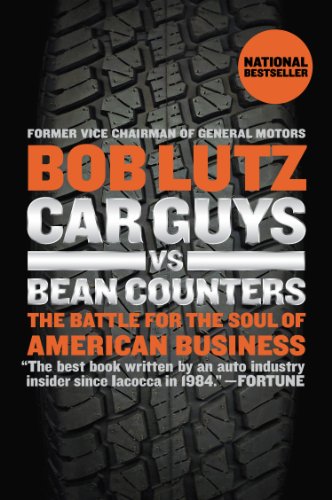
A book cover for Car Guys vs. Bean Counters: The Battle for the Soul of American Business; Bob Lutz; Business & Money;